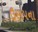
ઉણપના